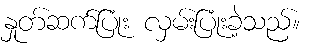
နှုတ်ဆက်ပြုံး လှမ်းပြုံးခဲ့သည်။